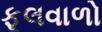
ફૂલવાળો